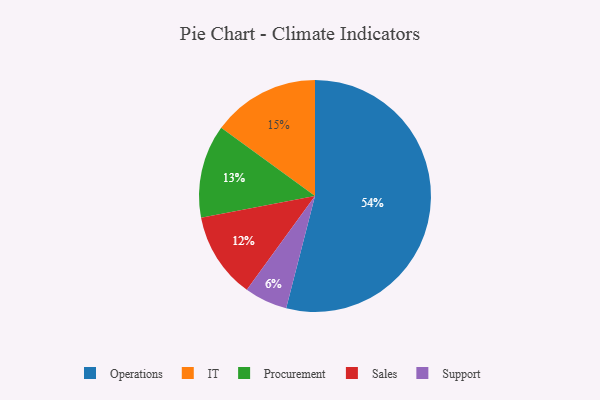
{"axis": {"x": "Category", "y": "Percentage"}, "legend": ["IT", "Operations", "Procurement", "Sales", "Support"], "data": [{"x": "Operations", "y": 54, "type": "Operations"}, {"x": "Sales", "y": 12, "type": "Sales"}, {"x": "IT", "y": 15, "type": "IT"}, {"x": "Procurement", "y": 13, "type": "Procurement"}, {"x": "Support", "y": 6, "type": "Support"}]}